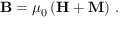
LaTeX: \mathbf { B } = \mu _ { 0 } \left( \mathbf { H } + \mathbf { M } \right) \, .